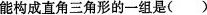
能构成直角三角形的一组是()